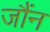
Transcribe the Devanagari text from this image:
जौंन